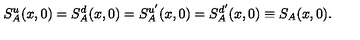
S _ { A } ^ { u } ( x , 0 ) = S _ { A } ^ { d } ( x , 0 ) = S _ { A } ^ { u ^ { \prime } } ( x , 0 ) = S _ { A } ^ { d ^ { \prime } } ( x , 0 ) \equiv S _ { A } ( x , 0 ) .